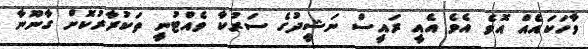
ވާހަކައެއް އޮވެ އެވެ އެއީ ރައީސް ނަޝީދުގެ ސަރުކާ ވެއްޓުނީ ތަކުރާރުކޮށް ގާނޫނާ